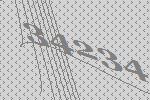
34234